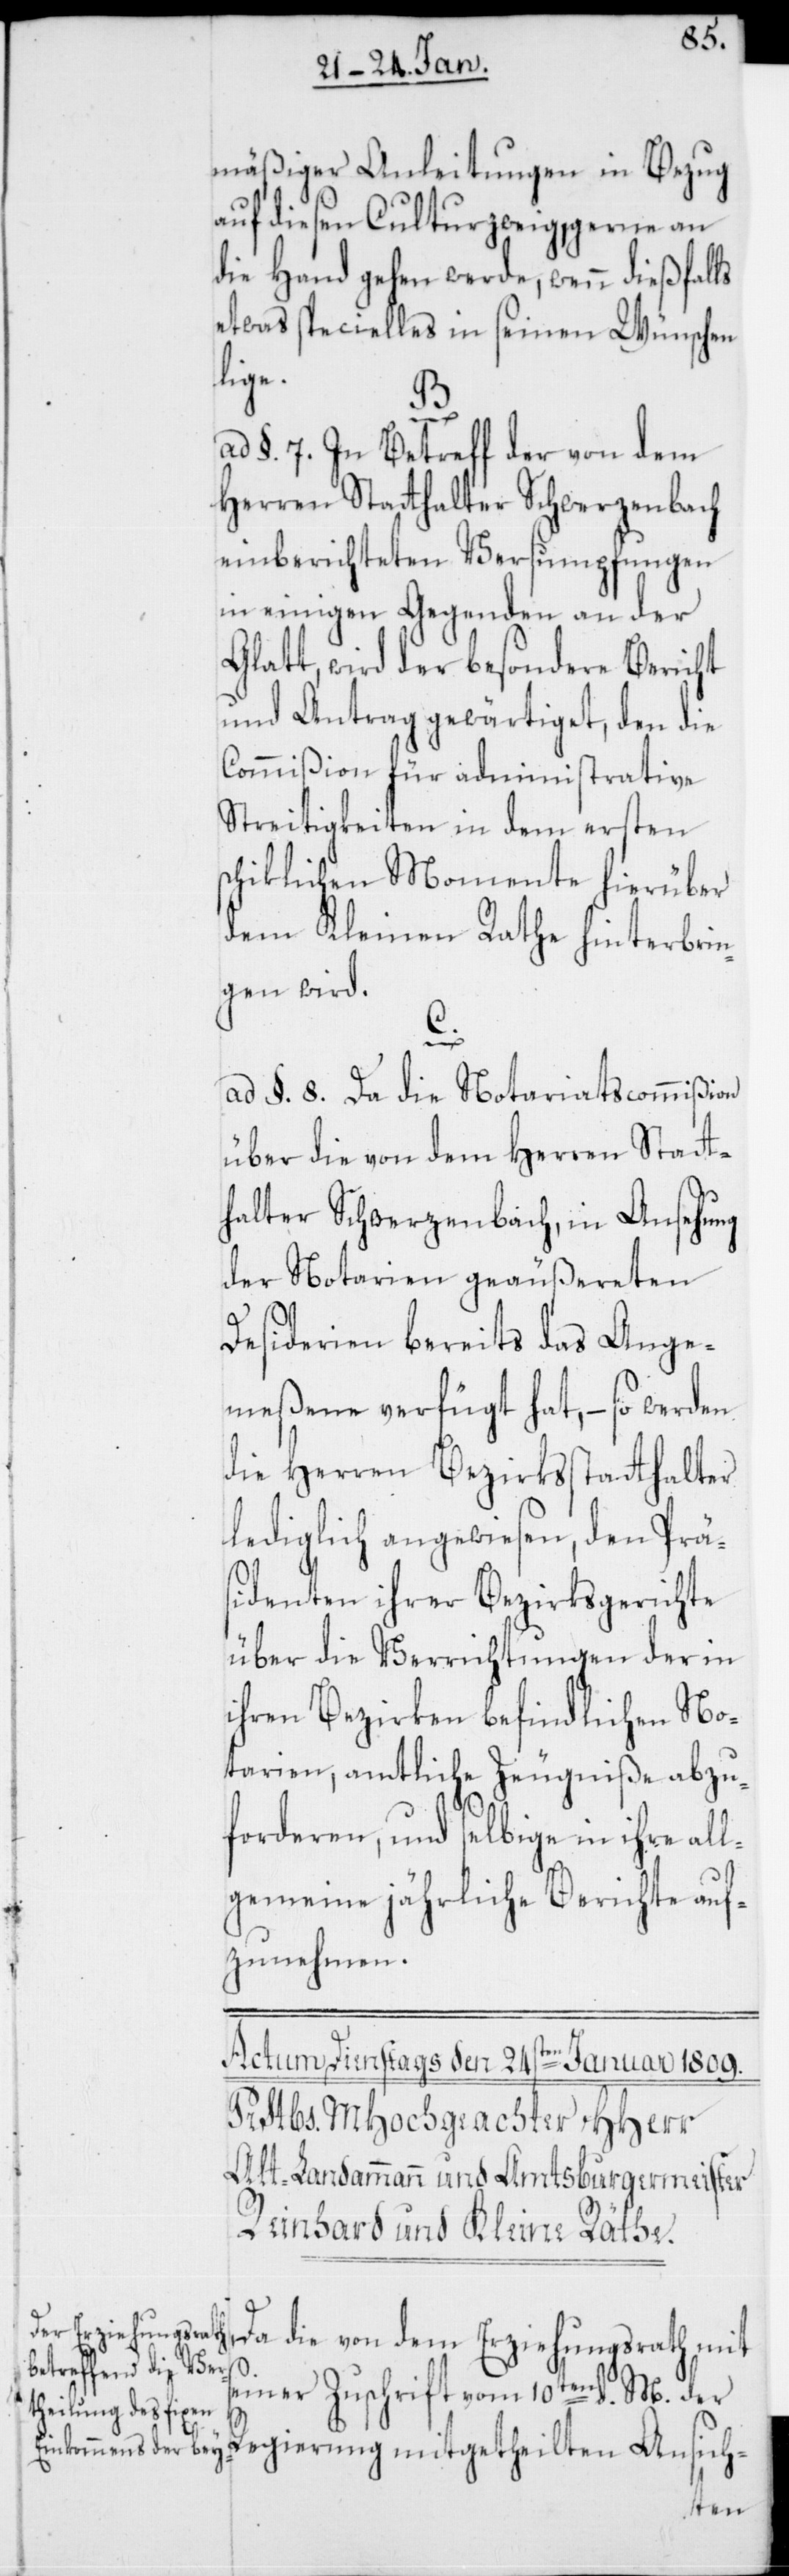
mäßiger Anleitungen in Bezug
auf diesen Culturzweig, gerne an
die Hand gehen werde, wenn dießfalls
etwas Specielles in seinen Wünschen
lige.
ad §. 7. In Betreff der von dem
Herren Statthalter Schwerzenbach
einberichteten Versumpfungen
in einigen Gegenden an der
Glatt, wird der besondere Bericht
und Antrag gewärtiget, den die
Commißion für administrative
Streitigkeiten in dem ersten
schiklichen Momente hierüber
dem Kleinen Rathe hinterbrin¬
gen wird.
C.
ad §. 8. Da die Notariatscommißion
über die von dem Herren Statt¬
halter Schwerzenbach, in Ansehung
der Notarien geäußereten
Desiderien bereits das Ange¬
meßene verfügt hat, – so werden
die Herren Bezirksstatthalter
lediglich angewiesen, den Präs¬
identen ihrer Bezirksgerichte
über die Verrichtungen der in
ihren Bezirken befindlichen No¬
tarien, amtliche Zeugniße abzu¬
forderen, und selbige in ihre al¬
lgemeine jährliche Berichte auf¬
zunehmen.
Da die von dem Erziehungsrath, mit
s¬
einer Zuschrift vom 10ten d. M. der
Regierung mitgetheilten Ansich-